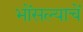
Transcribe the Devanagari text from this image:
भोंसल्याचें